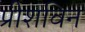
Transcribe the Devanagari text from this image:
प्रीशविन